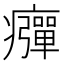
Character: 𤻾